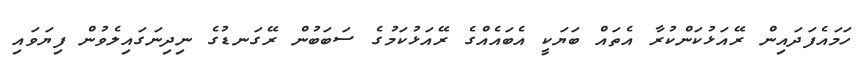
ހަމައެފަދައިން ރޭއަޅުކަންކުރާ އެތައް ބަޔަކީ އެބައެއްގެ ރޭއަޅުކަމުގެ ސަބަބުން ރޭގަނޑުގެ ނިދިނަގައިލެވުން ފިޔަވައި